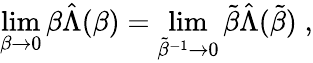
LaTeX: \operatorname*{lim}_{\beta\rightarrow 0}\beta\hat{\Lambda}(\beta)=\operatorname*{lim}_{\tilde{\beta}^{-1}\rightarrow 0}\tilde{\beta}\hat{\Lambda}(\tilde{\beta})\; ,